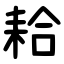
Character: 耠